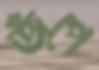
জঁপে